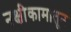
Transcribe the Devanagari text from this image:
नक्षीकामातून